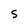
Character: S